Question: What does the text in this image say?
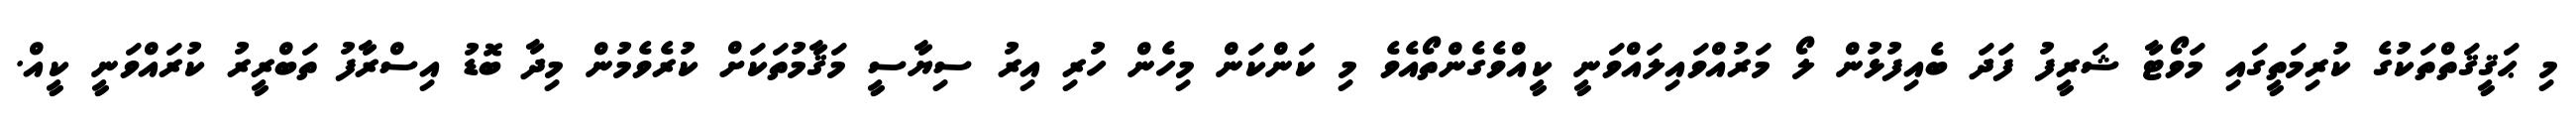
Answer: މި ޙަޤީޤަތްތަކުގެ ކުރިމަތީގައި މަވޯޓާ ޝަރީފު ފަދަ ބެއިފުޅުން ލޯ މަރުއްވައިލައްވަނީ ކީއްވެގެންތޯއެވެ މި ކަންކަން މިހެން ހުރި އިރު ސިޔާސީ މަޤާމުތަކަށް ކުރެވެމުން މިދާ ބޮޑު އިސްރާފު ތަބްރީރު ކުރައްވަނީ ކީއް.